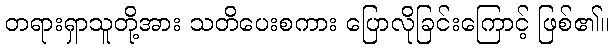
တရားရှာသူတို့အား သတိပေးစကား ပြောလိုခြင်းကြောင့် ဖြစ်၏။